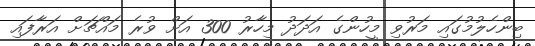
ބިންހެލުމުގައި މަރުވި މީހުންގެ އަދަދު މިހާރު 300 އަށް ވުރެ މައްޗަށް އަރާފައި